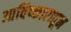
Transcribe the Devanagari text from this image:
आविष्कारातून